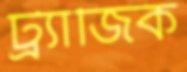
ট্র্যাজিক